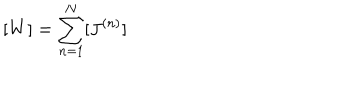
[ W ] = \sum _ { n = 1 } ^ { N } [ J ^ { ( n ) } ]